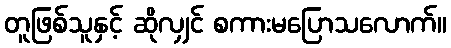
တူဖြစ်သူနှင့် ဆိုလျှင် စကားမပြောသလောက်။